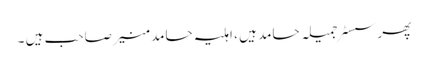
پھر سسٹر جمیلہ حامد ہیں ، اہلیہ حامد منیر صاحب ہیں ۔